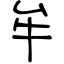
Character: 牟